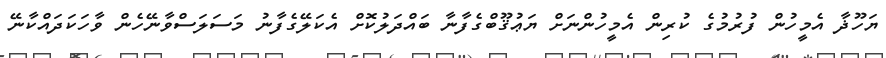
ޔަހޫޛާ އެމީހުން ފުރުމުގެ ކުރިން އެމީހުންނަށް ޔަޢުޤޫބްގެފާނާ ބައްދަލުކޮށް އެކަލޭގެފާނު މަސަލަސްވާނޭހެން ވާހަކަދައްކާނޭ